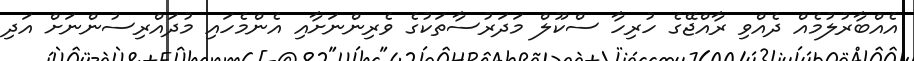
އެއްބާރުލުމެއް ދެއްވި ރާއްޖޭގެ ހުރިހާ ސްކޫލް މަދަރުސާތަކުގެ ވެރިންނަށާއި އެންމެހައި މުދައްރިސުންނަށް އަދި